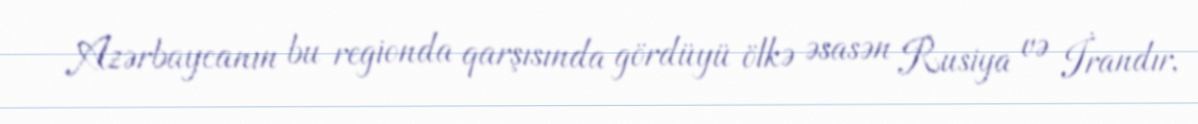
Azərbaycanın bu regionda qarşısında gördüyü ölkə əsasən Rusiya və İrandır,